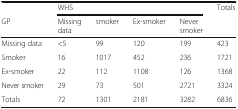
|  | <COLSPAN=4> WHS | <ROWSPAN=2> Totals |
 | GP | Missing data | smoker | Ex-smoker | Never smoker |
 | --- | --- | --- | --- | --- | --- |
 | Missing data | <5 | 99 | 120 | 199 | 423 |
 | Smoker | 16 | 1017 | 452 | 236 | 1721 |
 | Ex-smoker | 22 | 112 | 1108 | 126 | 1368 |
 | Never smoker | 29 | 73 | 501 | 2721 | 3324 |
 | Totals | 72 | 1301 | 2181 | 3282 | 6836 |